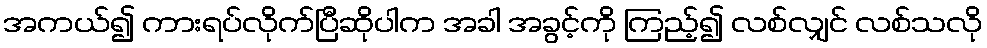
အကယ်၍ ကားရပ်လိုက်ပြီဆိုပါက အခါ အခွင့်ကို ကြည့်၍ လစ်လျှင် လစ်သလို